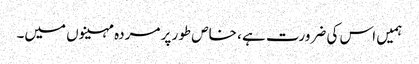
ہمیں اس کی ضرورت ہے ، خاص طور پر مردہ مہینوں میں۔